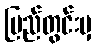
ပြည်တွင်းမှ